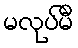
မလုပ်မီ